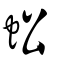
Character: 蚣